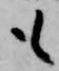
も